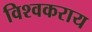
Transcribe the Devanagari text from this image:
विश्वकराय